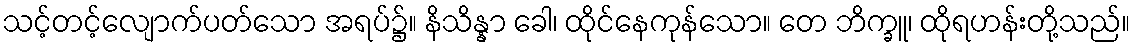
သင့်တင့်လျောက်ပတ်သော အရပ်၌။ နိသိန္နာ ခေါ၊ ထိုင်နေကုန်သော။ တေ ဘိက္ခူ၊ ထိုရဟန်းတို့သည်။